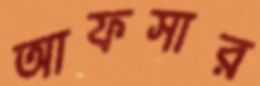
আফসার